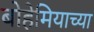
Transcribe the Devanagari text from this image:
बोहेमियाच्या